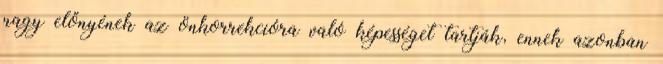
nagy előnyének az önkorrekcióra való képességet tartják, ennek azonban